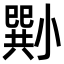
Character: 𡮭